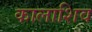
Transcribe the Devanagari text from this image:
कालाशिव